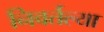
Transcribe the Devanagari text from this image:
निवर्तल्या